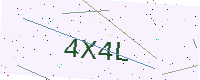
Text: 4X4L